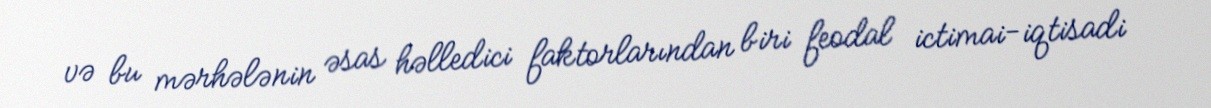
və bu mərhələnin əsas həlledici faktorlarından biri feodal ictimai-iqtisadi